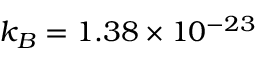
k _ { B } = 1 . 3 8 \times 1 0 ^ { - 2 3 }